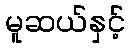
မူဆယ်နှင့်